Serum-therapy of plague in India - Number 20
Disease focus: Plague
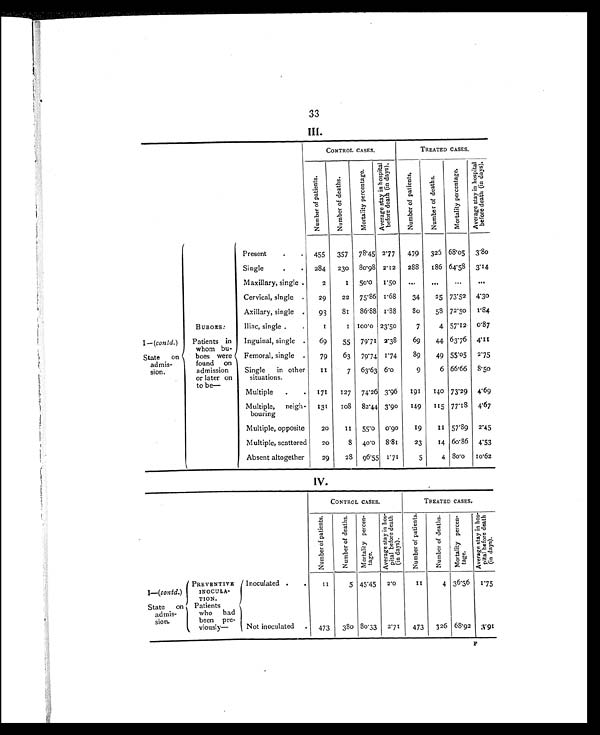
33
III.
CONTROL CASES.
TREATED CASES.
N u m b e r o f p a t i e n t s .
N u m b e r o f d e a t h s .
M o r t a l i t y p e r c e n t a g e .
A v e r a g e s t a y i n h o s p i t a l
b e f o r e d e a t h ( i n d a y s ) .
N u m b e r o f p a t i e n t s .
N u m b e r o f d e a t h s .
M o r t a l i t y p e r c e n t a g e .
Ave r a ge s t a y i n hos pi t a l
bef or e deat h ( i n days ) .
I—( contd. )
State on
admis-
sion.
BUBOES:
Patients in
whom bu-
boes were
found on
admission
or later on
to be—
Present
.
.
455
357
78.45 2.77
479
325 68.05
3.80
Single
. . 284
230
80.98 2.12
288
186 64.58
3.14
Maxillary, single .
2
1 50.0
1.50
...
...
...
. . .
Cervical, single .
29
22
75.86 1.68
34
25 73.52
4.30
Axillary, single .
93
81
86.88 1.88
8 0
58 72.50
1. 84
Iliac, single .
.
1
1 100.0 23.50
7
4 57.12
0.87
Inguinal, single .
69
55
79.71 2.38
69
44 63.76
4.11
Femoral, single .
79
63
79.74
1.74
89
49 55.05
2.75
Single in other
situations.
1 1
7
63.63 6.0
9
6 66.66
8.50
Multiple
.
.
171
127
74.26 3.96
191
140 73.29
4.69
Multiple, neigh-
bouring
131
1 0 8 82.44 3.90
149
115 77.18
4.67
Multiple, opposite
20
1 1 55.0
0.90
19
1 1 57.89
2.45
Multiple, scattered
20
8
40.0
8.81
23
14 60.86
4.53
Absent altogether
29
28
96.55 1.71
5
4 80.0
10.62
IV.
CONTROL CASES.
TREATED CASES.
N u m b e r o f p a t i e n t s .
N u m b e r o f d e a t h s .
M o r t a l i t y p e r c e n -
t a g e .
A v e r a g e s t a y i n h o s -
p i t a l b e f o r e d e a t h
( i n d a y s ) .
N u m b e r o f p a t i e n t s .
N u m b e r o f d e a t h s .
M o r t a l i t y p e r c e n -
tage.
A v e r a g e s t a y i n h o s -
p i t a l b e f o r e d e a t h
(in days).
I—( contd.)
State on
admis-
sion.
PREVENTIVE
INOCULA-
TION.
Patients
who had
been pre-
viously—
Inoculated .
.
1 1
5 45.45
2.0
1 1
4 36.36
1.75
Not inoculated
.
473
380 80.33
2.71
473
326 68.92
3.91
F